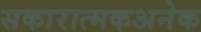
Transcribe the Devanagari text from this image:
सकारात्मकअनेक